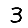
Digit: 3